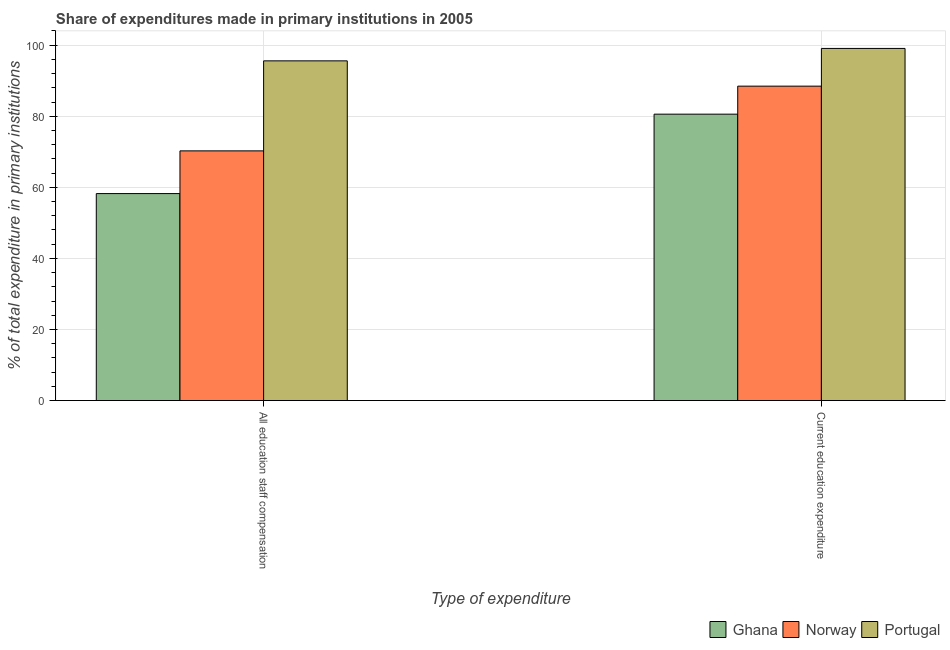
| Type of expenditure | Ghana | Norway | Portugal |
 | --- | --- | --- | --- |
 | All education staff compensation | 58.2 | 70.3 | 95.6 |
 | Current education expenditure | 80.6 | 88.5 | 99.1 |